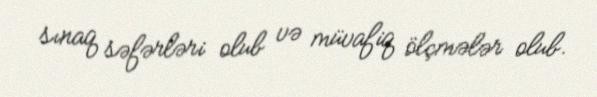
sınaq səfərləri olub və müvafiq ölçmələr olub.